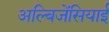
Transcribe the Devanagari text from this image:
अल्बिजेंसियाई